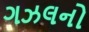
ગઝલનો